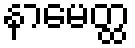
နာမေတ္ထ